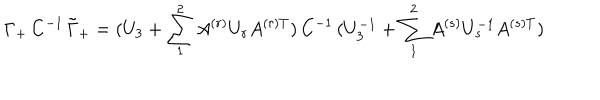
\Gamma _ { + } \, C ^ { - 1 } \, \tilde { \Gamma } _ { + } = ( U _ { 3 } + \sum _ { 1 } ^ { 2 } A ^ { ( r ) } U _ { r } A ^ { ( r ) T } ) \, C ^ { - 1 } \, ( U _ { 3 } ^ { - 1 } + \sum _ { 1 } ^ { 2 } A ^ { ( s ) } U _ { s } ^ { - 1 } A ^ { ( s ) T } )